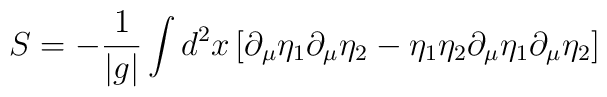
S=-{1\over |g|}\int d^2   x\left[\partial_{\mu}\eta_{1}\partial_{\mu}\eta_{2}-\eta_{1}\eta_{2}    \partial_{\mu}\eta_{1}\partial_{\mu}\eta_{2}\right]